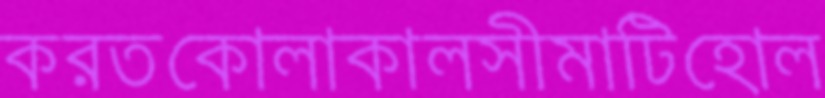
করতকোলাকালসীমাটিহোল